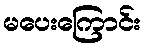
မပေးကြောင်း